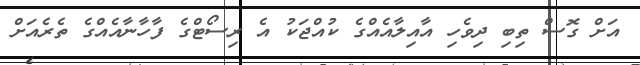
އަށް ގޮސް ތިބި ދިވެހި އާއިލާއެއްގެ ކުއްޖަކު އެ ރިސޯޓްގެ ފާހާނާއެއްގެ ތެރެއަށް